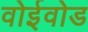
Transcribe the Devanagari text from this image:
वोईवोड